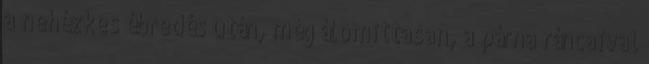
a nehézkes ébredés után, még álomittasan, a párna ráncaival